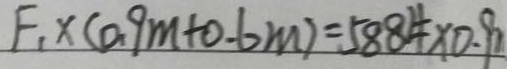
F _ { 1 } \times ( 0 . 9 m + 0 . 6 m ) = 5 8 8 4 \times 0 . 8